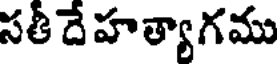
సతీ దే హత్యాగము